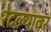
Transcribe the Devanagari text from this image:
रेटल्यावर